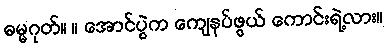
ဓမ္မဂုတ်။ ။ အောင်ပွဲက ကျေနပ်ဖွယ် ကောင်းရဲ့လား။